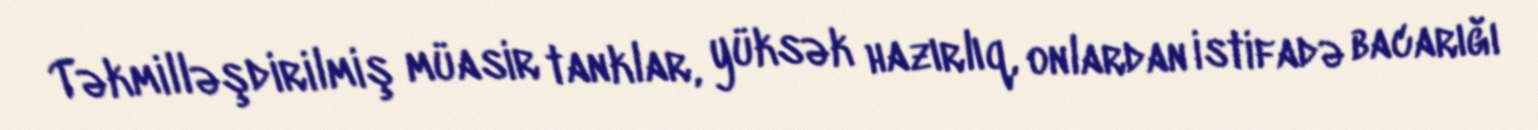
Təkmilləşdirilmiş müasir tanklar, yüksək hazırlıq, onlardan istifadə bacarığı